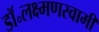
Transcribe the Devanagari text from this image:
डॉ॰लक्ष्मणस्वामी